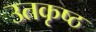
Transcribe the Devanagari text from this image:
उतकृष्ठ